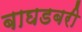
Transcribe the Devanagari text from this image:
बाघडबरी